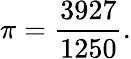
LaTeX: \pi={\frac{3927}{1250}}.